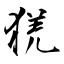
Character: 猐